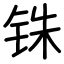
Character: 铢